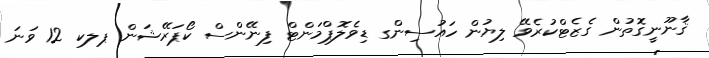
ޤާނޫނީގޮތުން ގެޒެޓްކުރެވޭ ލިޔުން ހައުސިންގ ޑިވެލޮޕްމަންޓް ފިނޭންސް ކޯޕަރޭޝަން ޕލކ 12 ވަނަ